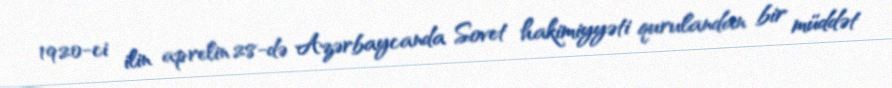
1920-ci ilin aprelin 28-də Azərbaycanda Sovet hakimiyyəti qurulandan bir müddət